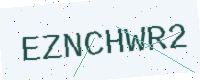
Text: EZNCHWR2